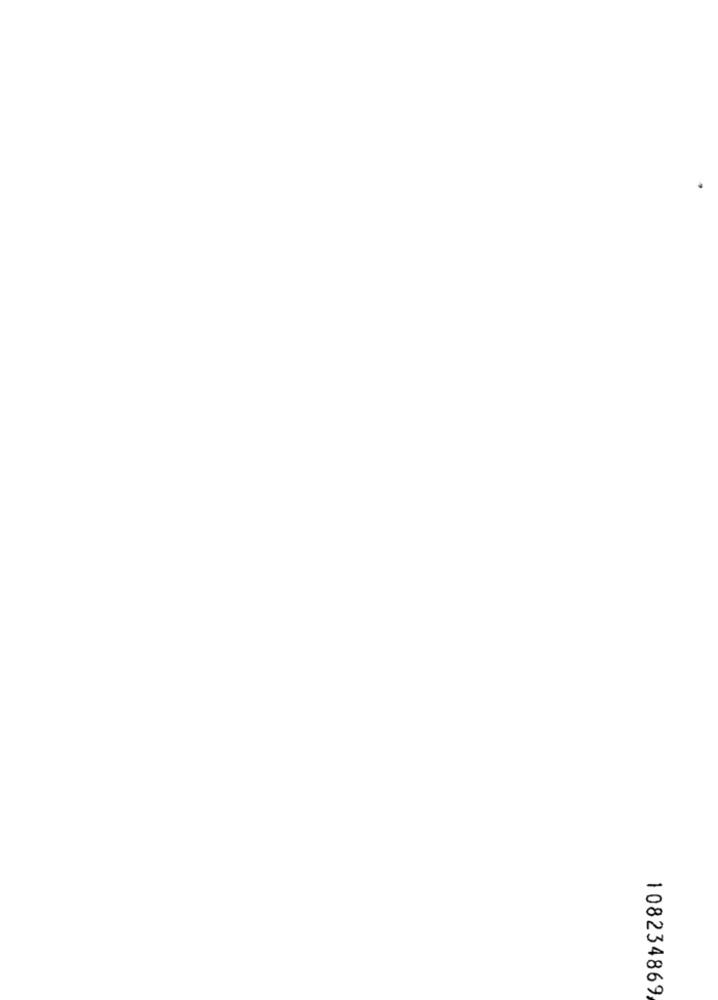
108234869